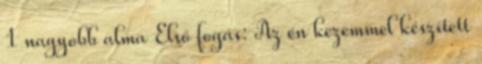
1 nagyobb alma Első fogás: Az én kezemmel készített